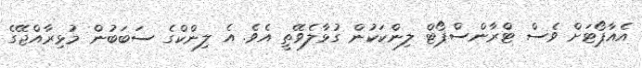
އެއާޕޯޓަށް ވެސް ޓްރާންސްޕޯޓް ލިންކަކުން ގުޅާލެވޭތީ އެވެ. އެ ލިންކްގެ ސަބަބުން މުޅިރާއްޖޭގެ